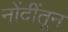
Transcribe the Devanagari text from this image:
नोंदींतून